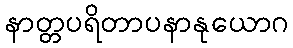
နာတ္တပရိတာပနာနုယောဂ